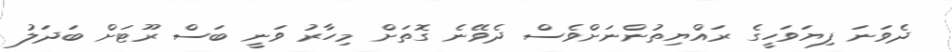
ދެވަނަ ފިޔަވަހީގެ ރައްޔިތުންނަށްވެސް ދެވޭނެ ގޮތަށް މިހާރު ވަނީ ބަސް ރޫޓަށް ބަދަލު